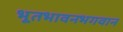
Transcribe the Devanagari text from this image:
भूतभावनभगवान